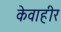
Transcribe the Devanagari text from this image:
केवाहीर